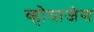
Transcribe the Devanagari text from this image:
व्होयाजेस